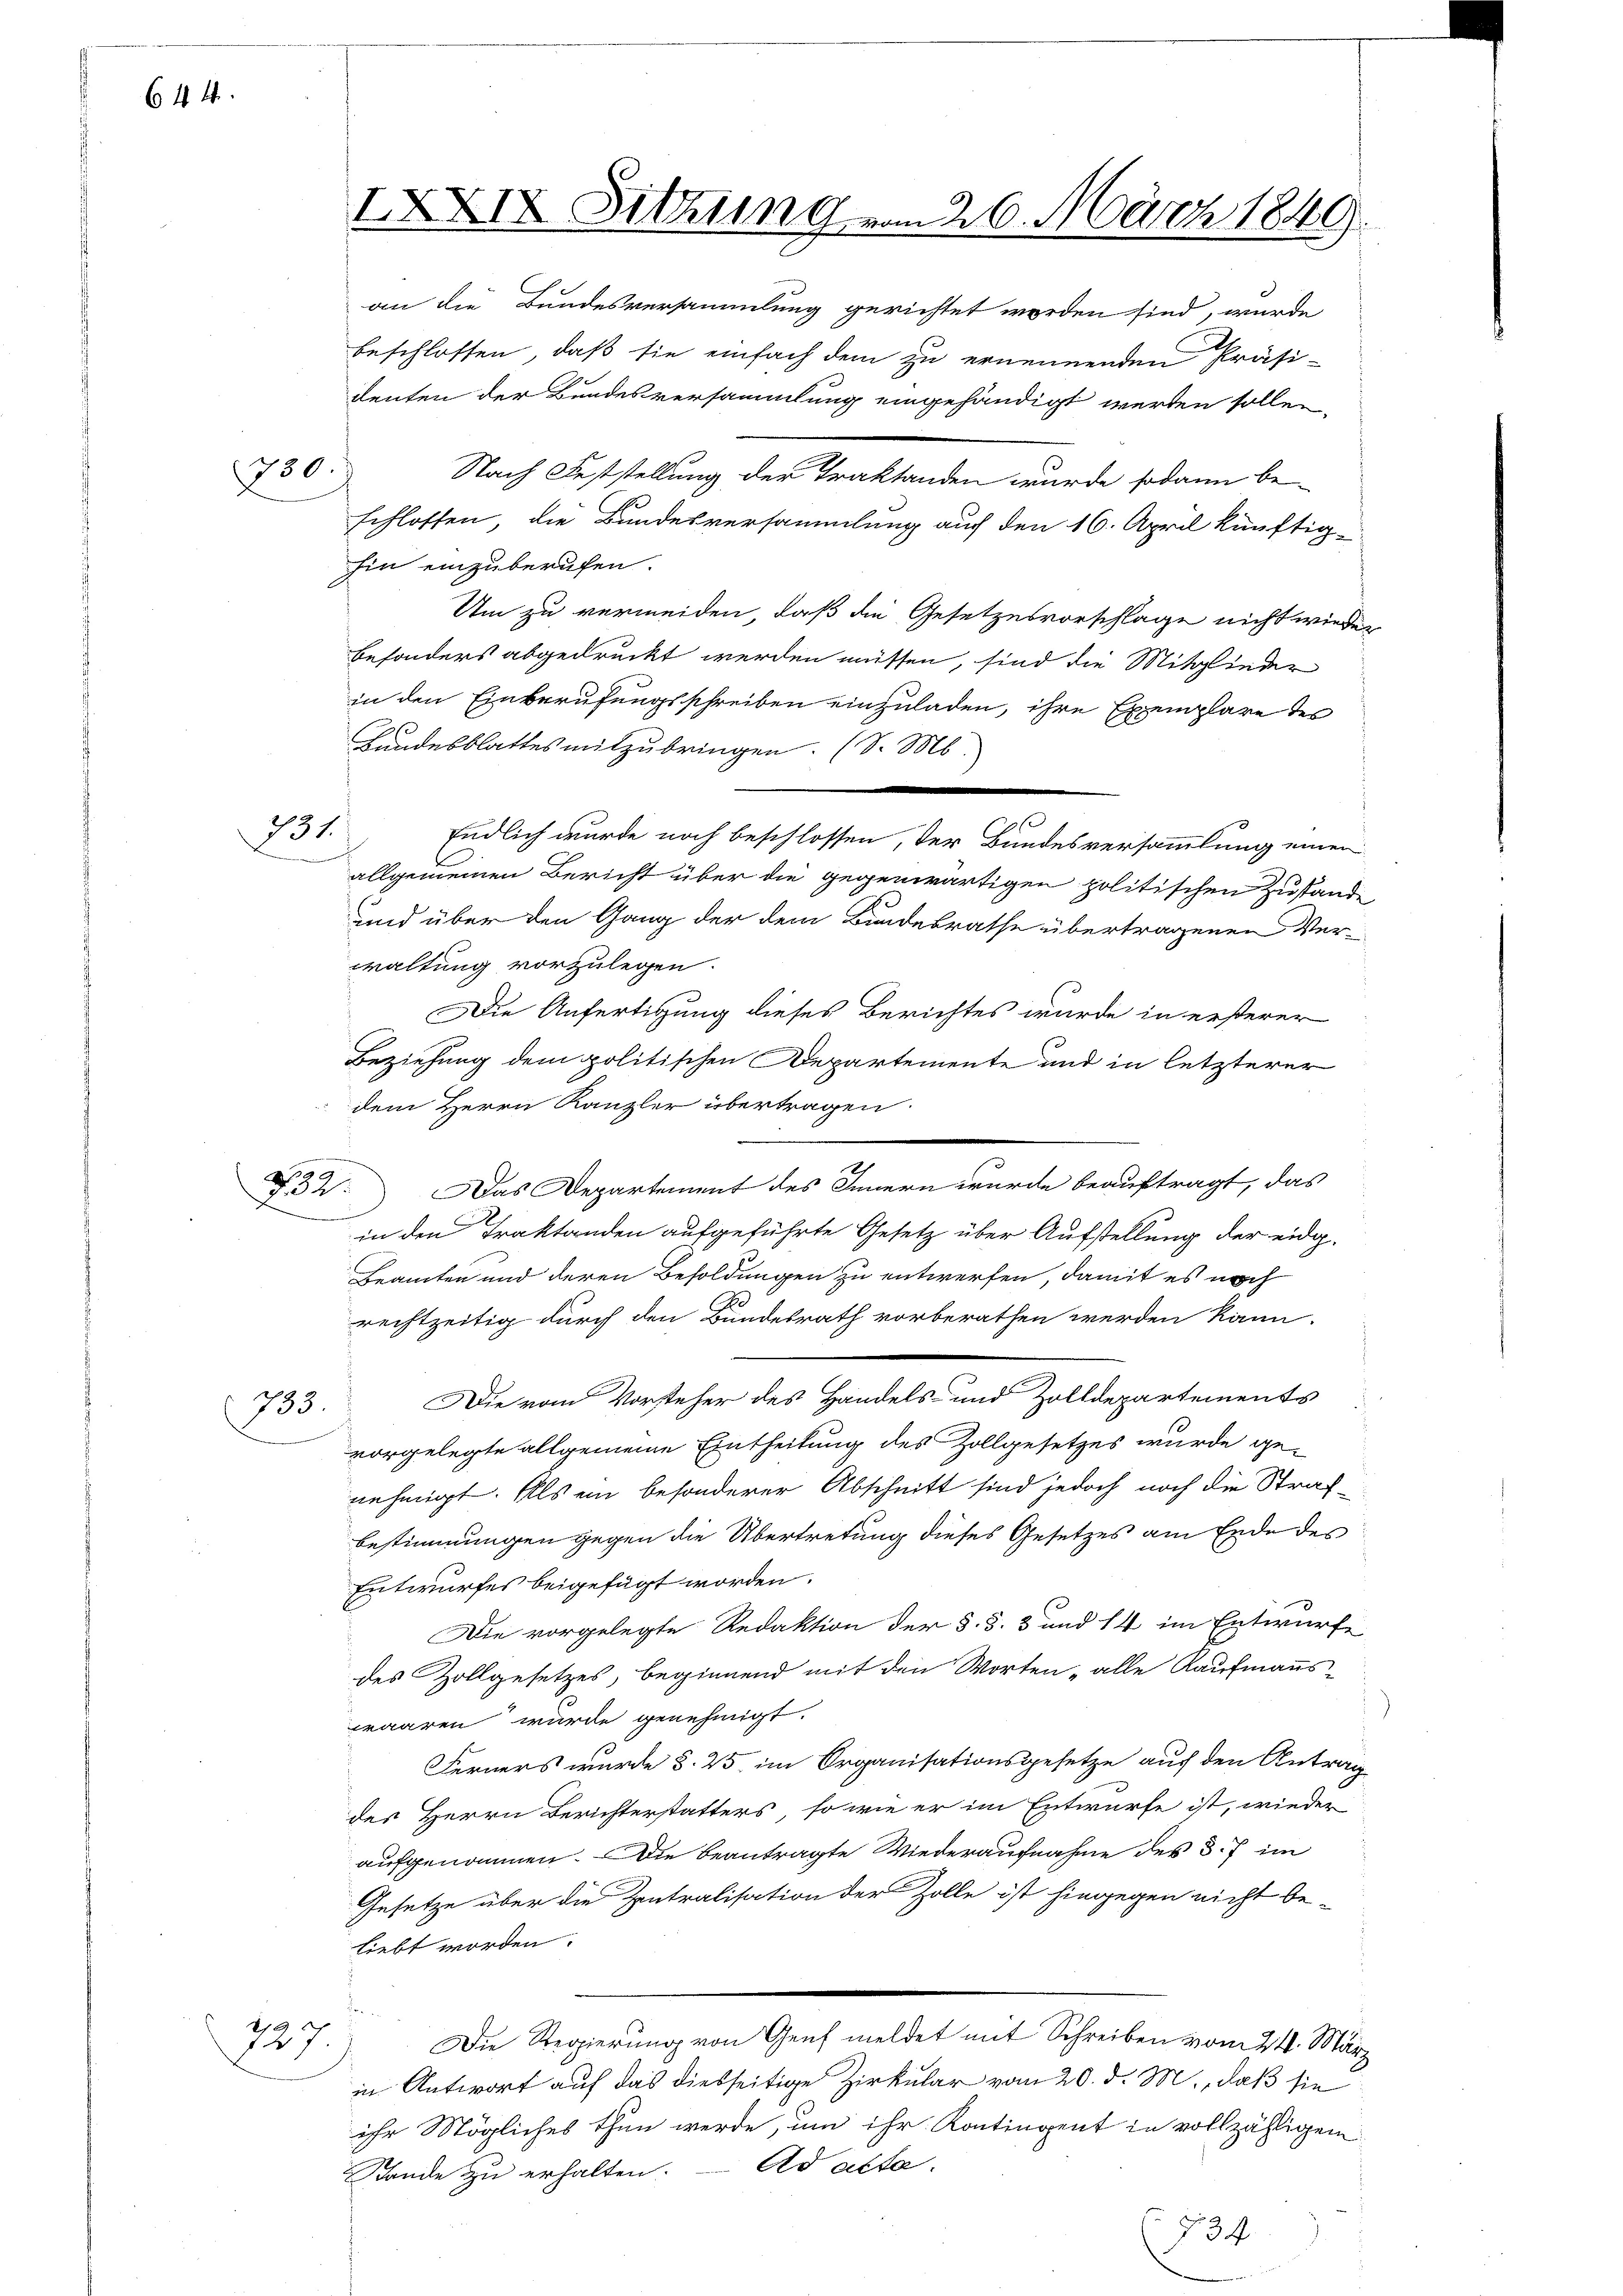
644

350. f

231.

832.

90.

IXXIX Sitzung vom 26. März 1849
an die Bundesversammlung gerichtet worden sind, wurde

beschlossen, daß sie einfach dem zu ernennenden Präsi-
deuten der Bundesversammlung eingehändigt werden sollen,
Nach Feststellung der Traktanden wurde sodann be-
schlossen, die Bundesversammlung auf den 16. April künftig-
hin einzuberufen.
Um zu vermeiden, daß die Gesetzesvorschlage nicht wieder
besonders abgedruckt werden müssen, sind die Mitglieder
in den Einberufungsschreiben einzuladen, ihre Exemplare der
Bundesblattes mitzubringen. (S. M.
e
Endlich wurde noch beschlossen, der Bundesversammlung einen
allgemeinen Bericht über die gegenwärtigen politischen Zustände
und über den Gang der dem Bundesrathe übertragenen Verwaltung vorzulegen.
Die Anfertigung dieses Berichtes wurde in ersterer
Beziehung dem politischen Departemente und in letzterer
 dem Herrn Kanzler übertragen.
.
Das Departement des Innern wurde beauftragt, das
in den Traktanden aufgeführte Gesetz über Aufstellung der eidg-
Beamten und deren Besoldungen zu entwerfen, damit es noch
rechtzeitig durch den Bundesrath vorberathen werden kann.
Die vom Vorsteher des Handels- und Zolldepartements
733.
vorgelegte allgemeine Eintheilung des Zollgesetzes wurde genehmigt. Als ein besonderer Abschnitt sind jedoch noch die Strafbestimmungen gegen die Übertretung dieses Gesetzes am Ende der
Entwurfes beigefügt worden.
Die vorgelegte Redaktion der §. §. 3 und 14 im Entwurfe
des Zollgesetzes, beginnend mit den Worten „alle Kaufmanns-
waaren wurde genehmigt.
Ferners wurde §. 25, im Organisationsgesetze auf den Antrag
des Herrn Berichterstatters, so wie er im Entwurfe ist, wieder
aufgenommen. Die beantragte Wiederaufnahme des §. 7 im
Gesetze über die Zentralisation der Zolle ist hingegen nicht be-
liebt worden.
Fre
19 f
Die Regierung von Genf meldet mit Schreiben vom 24. März
2f
in Antwort auf das diesseitige Zirkular vom 20. d. M., daß sie
ihr Mögliches thun werde, um ihr Kontingent in vollzähligen
Stande zu erhalten. Ad acta.
 734

s